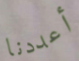
أعددنا